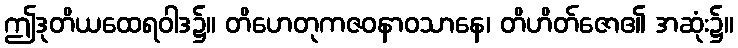
ဤဒုတိယထေရဝါဒ၌။ တိဟေတုကဇဝနာဝသာနေ၊ တိဟိတ်ဇော၏ အဆုံး၌။